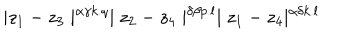
LaTeX: \mid z _ { 1 } - z _ { 3 } \mid ^ { \alpha \gamma k . q } \mid z _ { 2 } - z _ { 4 } \mid ^ { \delta \beta p . l } \mid z _ { 1 } - z _ { 4 } \mid ^ { \alpha \delta k . l }